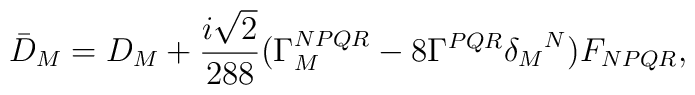
{\bar D}_M=D_M+\frac{i\sqrt{2}}{288}(\Gamma^{NPQR}_M-8\Gamma^{PQR}{\delta_M}^N)F_{NPQR},